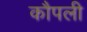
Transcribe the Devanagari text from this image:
कौपली